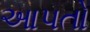
આપતો